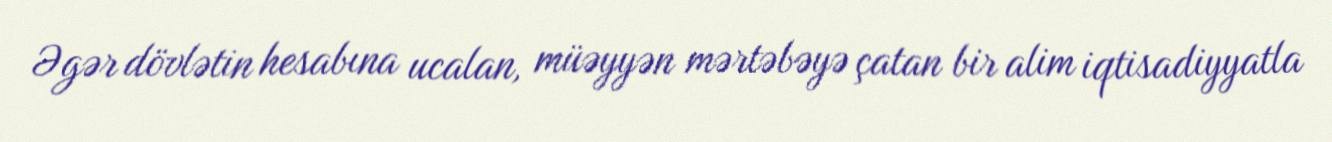
Əgər dövlətin hesabına ucalan, müəyyən mərtəbəyə çatan bir alim iqtisadiyyatla